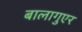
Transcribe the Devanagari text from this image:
बालागुएर